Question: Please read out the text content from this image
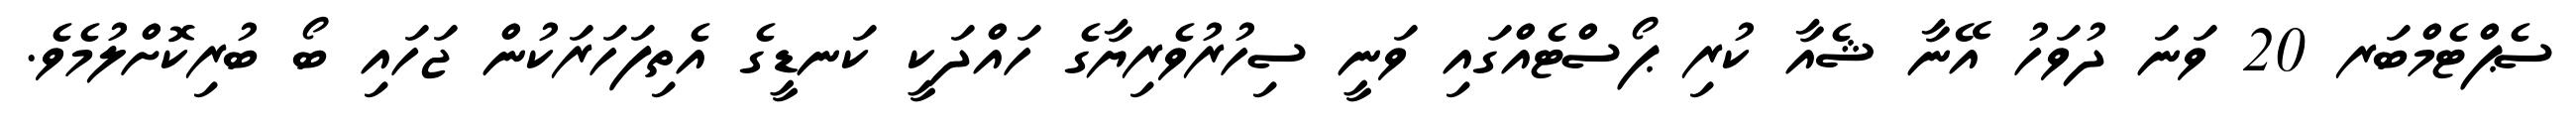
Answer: ސެޕްޓެމްބަރ 20 ވަނަ ދުވަހު އޭނާ ޝެއާ ކުރި ޕޯސްޓެއްގައި ވަނީ ސިހުރުވެރިޔާގެ ހައްދަކީ ކަނޑީގެ އެތިފަހަރަކުން ޖަހައި ބޯ ބުރިކޮށްލުމެވެ.